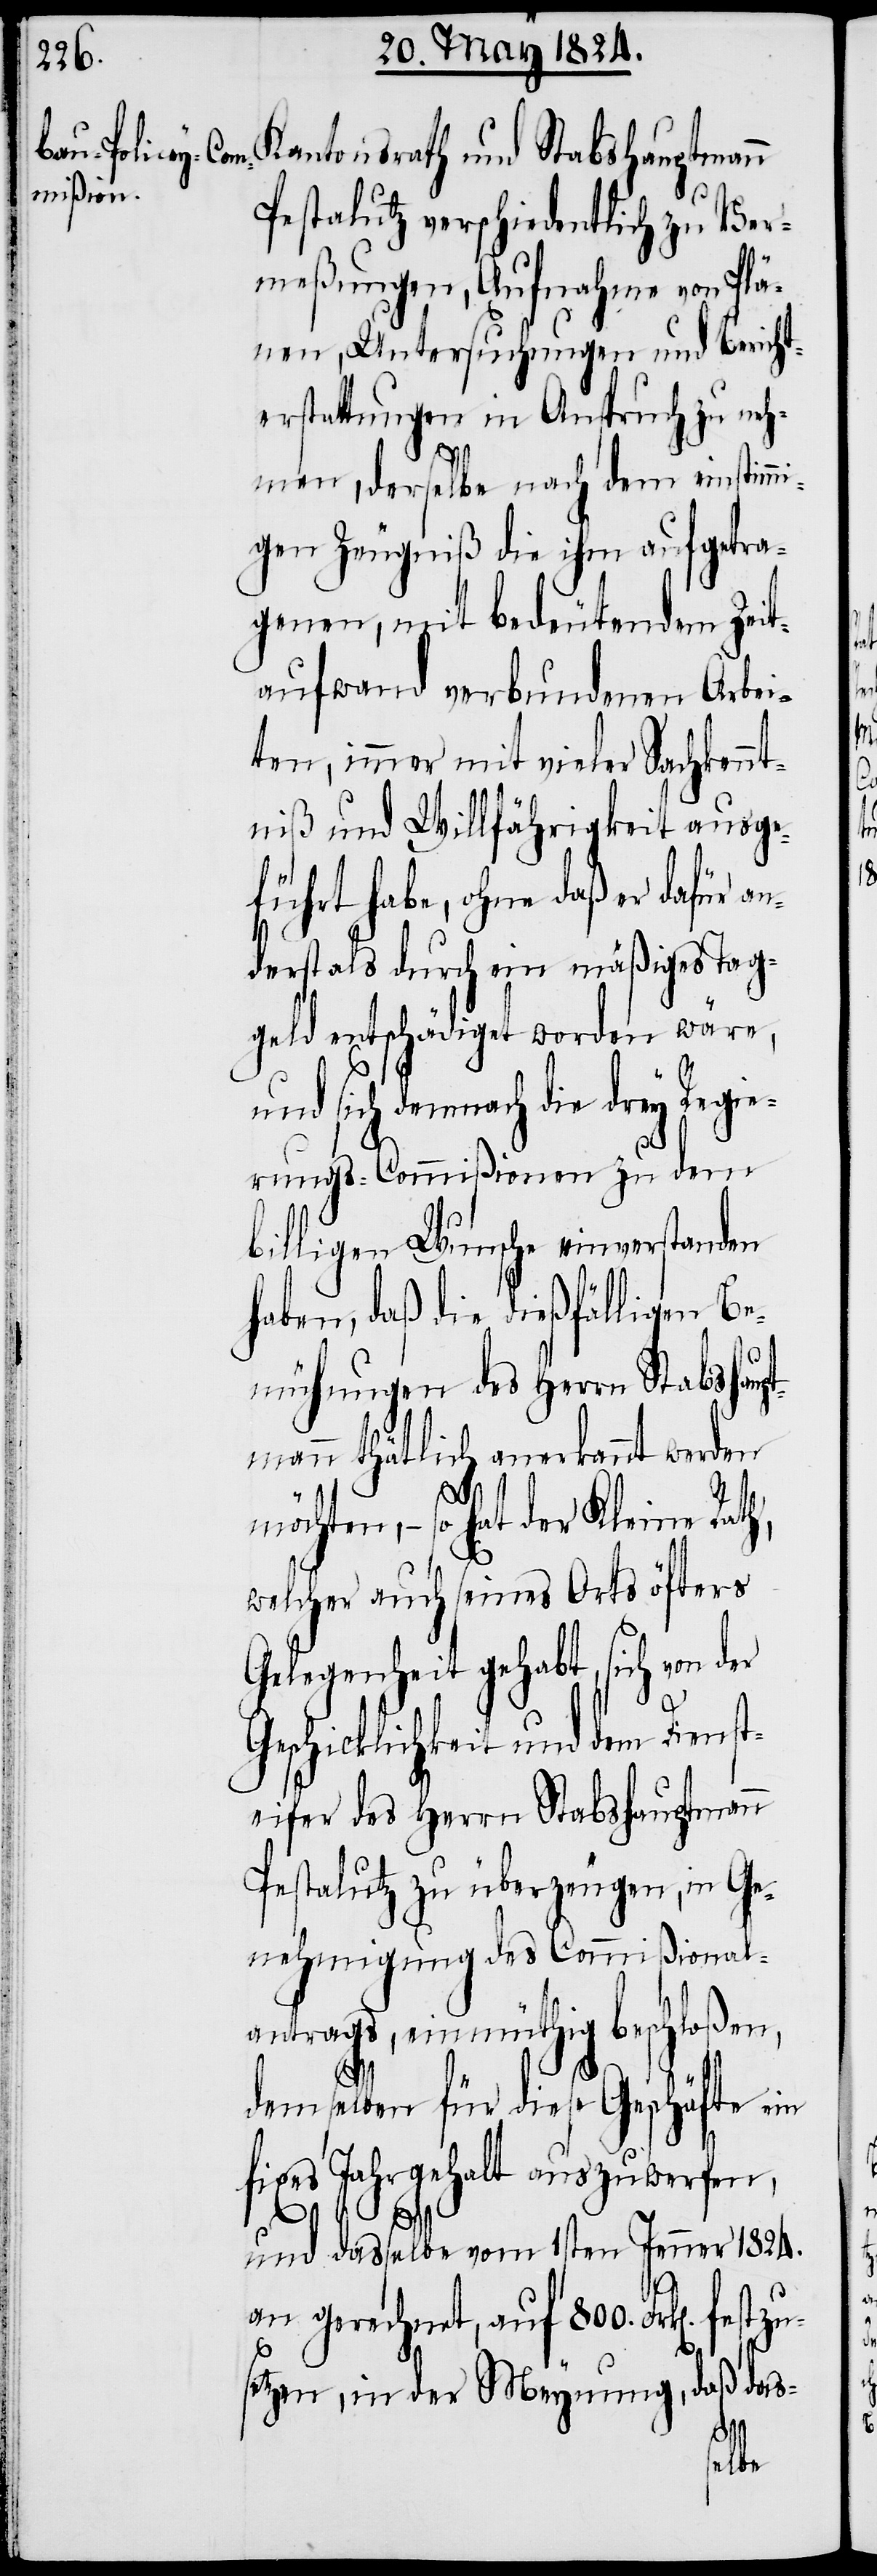
Kantonsrath und Stabshauptmann
Pestalutz verschiedentlich zu Ver¬
meßungen, Aufnahme von Plä¬
nen, Untersuchungen und Bericht¬
erstattungen in Anspruch zu neh¬
men, derselbe nach dem einstimm¬
igen Zeugniß die ihm aufgetra¬
genen, mit bedeutendem Zeit¬
aufwand verbundenen Arbei¬
ten, immer mit vieler Sachkennt¬
niß und Willfährigkeit ausge¬
führt habe, ohne daß er dafür an¬
derst als durch ein mäßiges Tag¬
geld entschädigt worden wäre,
und sich demnach die drey Re¬
rungs-Commißionen zu dem
billigen Wunsche einverstanden
haben, daß die dießfälligen Be¬
mühungen des Herrn Stabshaup¬
tmann thätlich anerkannt werden
möchten, – so hat der
welcher auch seines Orts öfters
Gelegenheit gehabt, sich von der
Geschicklichkeit und dem Dienst¬
eifer des Herrn Stabshauptmann
Pestalutz zu überzeugen, in Ge¬
nehmigung des Commißional¬
antrags, einmüthig beschloßen,
demselben für diese Geschäfte ein
fixes Jahrgehalt auszuwerfen,
und dasselbe vom 1sten Jenner 1824.
an gerechnet, auf 800. Frk[en]. f¬
setzen, in der Meynung, daß das-
estzu¬